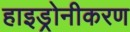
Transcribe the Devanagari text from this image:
हाइड्रोनीकरण